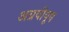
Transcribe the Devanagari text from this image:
अग्रयीयूष